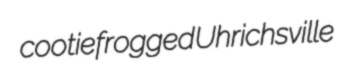
cootie frogged Uhrichsville